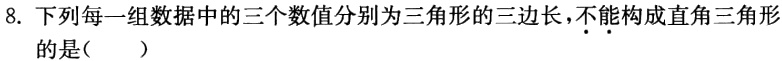
8. 下列每一组数据中的三个数值分别为三角形的三边长，不•能•构成直角三角形的是（  ）